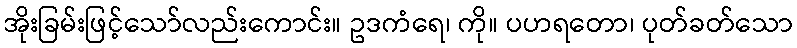
အိုးခြမ်းဖြင့်သော်လည်းကောင်း။ ဥဒကံရေ၊ ကို။ ပဟရတော၊ ပုတ်ခတ်သော